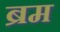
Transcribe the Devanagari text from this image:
ब्रम